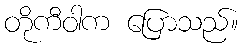
တိုကီဝါက ပြောသည်။